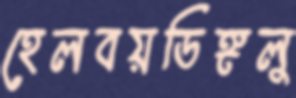
হেলবয়ডিঙ্গলু